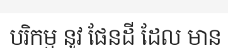
បរិកម្ម នូវ ផែនដី ដែល មាន